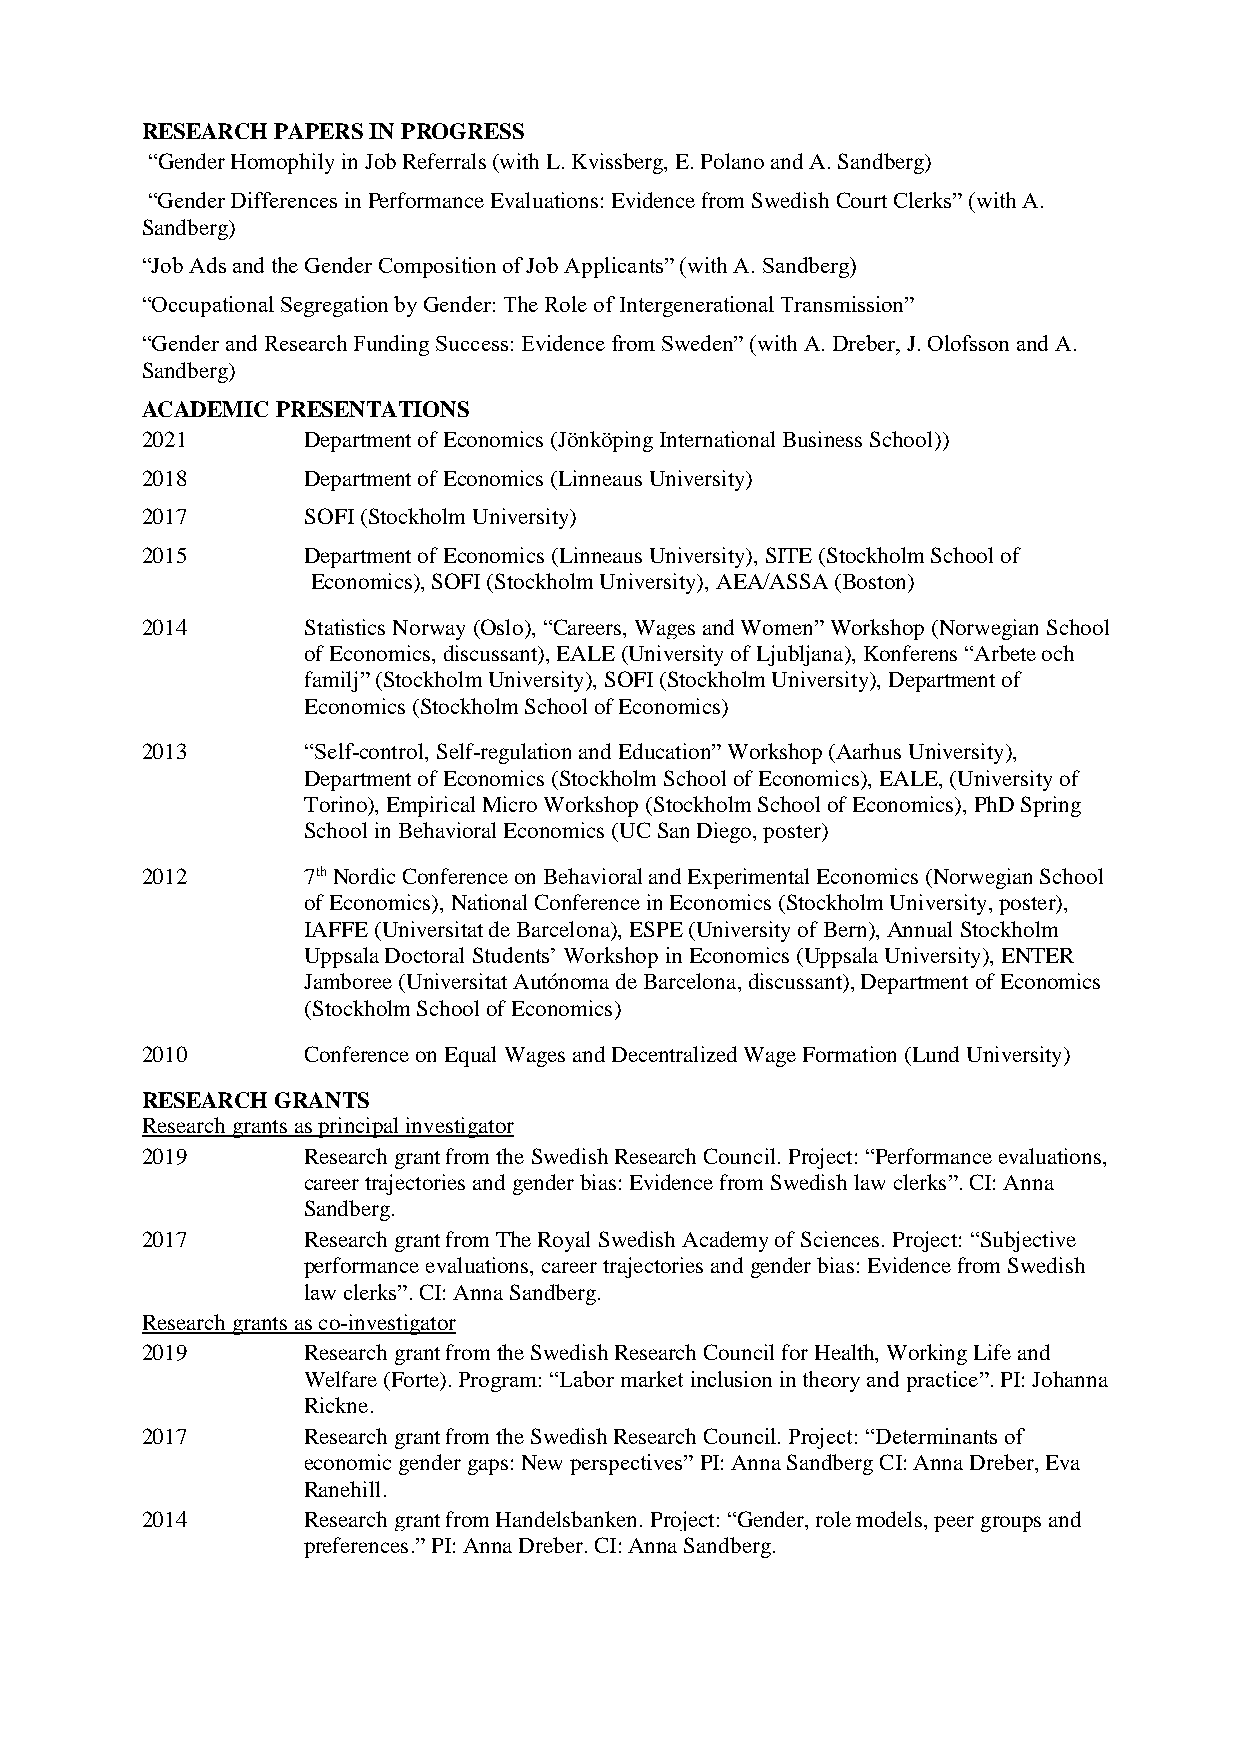
RESEARCH PAPERS IN PROGRESS
 “Gender Homophily in Job Referrals (with L. Kvissberg, E. Polano and A. Sandberg)
 “Gender Differences in Performance Evaluations: Evidence from Swedish Court Clerks” (with A.
 Sandberg)
 “Job Ads and the Gender Composition of Job Applicants” (with A. Sandberg)
 “Occupational Segregation by Gender: The Role of Intergenerational Transmission”
 “Gender and Research Funding Success: Evidence from Sweden” (with A. Dreber, J. Olofsson and A.
 Sandberg)
 ACADEMIC PRESENTATIONS
 2021       Department of Economics (Jönköping International Business School))
 2018       Department of Economics (Linneaus University)
 2017       SOFI (Stockholm University)
 2015       Department of Economics (Linneaus University), SITE (Stockholm School of
 Economics), SOFI (Stockholm University), AEA/ASSA (Boston)
 2014       Statistics Norway (Oslo), “Careers, Wages and Women” Workshop (Norwegian School
 of Economics, discussant), EALE (University of Ljubljana), Konferens “Arbete och
 familj” (Stockholm University), SOFI (Stockholm University), Department of
 Economics (Stockholm School of Economics)
 2013       “Self-control, Self-regulation and Education” Workshop (Aarhus University),
 Department of Economics (Stockholm School of Economics), EALE, (University of
 Torino), Empirical Micro Workshop (Stockholm School of Economics), PhD Spring
 School in Behavioral Economics (UC San Diego, poster)
 2012       7th Nordic Conference on Behavioral and Experimental Economics (Norwegian School
 of Economics), National Conference in Economics (Stockholm University, poster),
 IAFFE (Universitat de Barcelona), ESPE (University of Bern), Annual Stockholm
 Uppsala Doctoral Students’ Workshop in Economics (Uppsala University), ENTER
 Jamboree (Universitat Autónoma de Barcelona, discussant), Department of Economics
 (Stockholm School of Economics)
 2010       Conference on Equal Wages and Decentralized Wage Formation (Lund University)
 RESEARCH GRANTS
 Research grants as principal investigator
 2019       Research grant from the Swedish Research Council. Project: “Performance evaluations,
 career trajectories and gender bias: Evidence from Swedish law clerks”. CI: Anna
 Sandberg.
 2017       Research grant from The Royal Swedish Academy of Sciences. Project: “Subjective
 performance evaluations, career trajectories and gender bias: Evidence from Swedish
 law clerks”. CI: Anna Sandberg.
 Research grants as co-investigator
 2019       Research grant from the Swedish Research Council for Health, Working Life and
 Welfare (Forte). Program: “Labor market inclusion in theory and practice”. PI: Johanna
 Rickne.
 2017       Research grant from the Swedish Research Council. Project: “Determinants of
 economic gender gaps: New perspectives” PI: Anna Sandberg CI: Anna Dreber, Eva
 Ranehill.
 2014       Research grant from Handelsbanken. Project: “Gender, role models, peer groups and
 preferences.” PI: Anna Dreber. CI: Anna Sandberg.